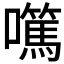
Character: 𡄍